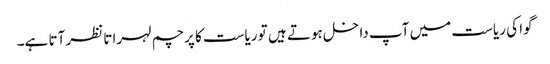
گوا کی ریاست میں آپ داخل ہوتے ہیں تو ریاست کا پرچم لہراتا نظر آتا ہے۔